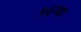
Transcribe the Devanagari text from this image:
५६व्या